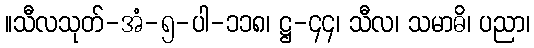
။သီလသုတ်-အံ-၅-ပါ-၁၁၈၊ ဋ္ဌ-၄၄၊ သီလ၊ သမာဓိ၊ ပညာ၊